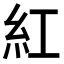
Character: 紅